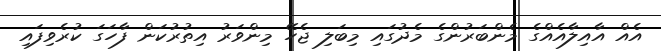
އެއް އާއިލާއެއްގެ މެންބަރުންގެ މެދުގައި މިބަލި ޖެހޭ މިންވަރު އިތުރުކަން ފާހަގަ ކުރެވިފައި